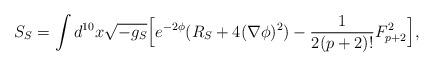
LaTeX: \begin{align*}S_S = \int d^{10} x \sqrt{-g_S} \Big[ e^{-2\phi}( R_S + 4 (\nabla \phi)^2) - { 1 \over 2(p+2)!} F^2_{p+2} \Big],\end{align*}